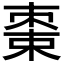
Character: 𬃔